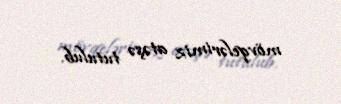
mövqelərimiz atəşə tutulub.